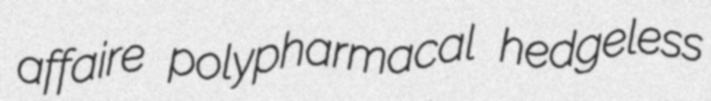
affaire polypharmacal hedgeless